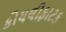
કોયલીફાટક